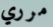
مرري